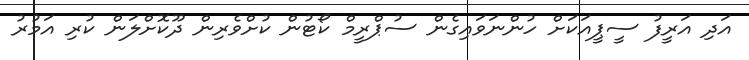
އަދި އަރީފު ސީޕީއަކަށް ހުންނަވައިގެން ސުޕްރީމް ކޯޓުން ކުށްވެރިން ދޫކޮށްލަން ކުރި އަމުރު